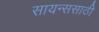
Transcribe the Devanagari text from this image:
सायन्ससाठी